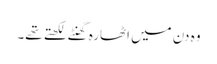
وہ دن میں اٹھارہ گھنٹے لکھتے تھے۔